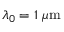
\lambda _ { 0 } = 1 \ \mu \mathrm { m }